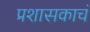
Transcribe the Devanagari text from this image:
प्रशासकाचं